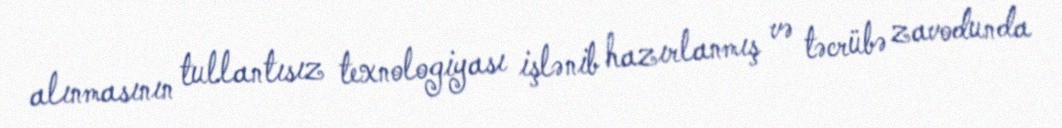
alınmasının tullantısız texnologiyası işlənib hazırlanmış və təcrübə zavodunda